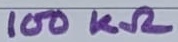
Text: 100KΩ